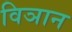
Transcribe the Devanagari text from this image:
विञान